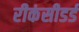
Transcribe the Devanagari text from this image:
रीकंसीडर्ड